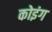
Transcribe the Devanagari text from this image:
कोइंग